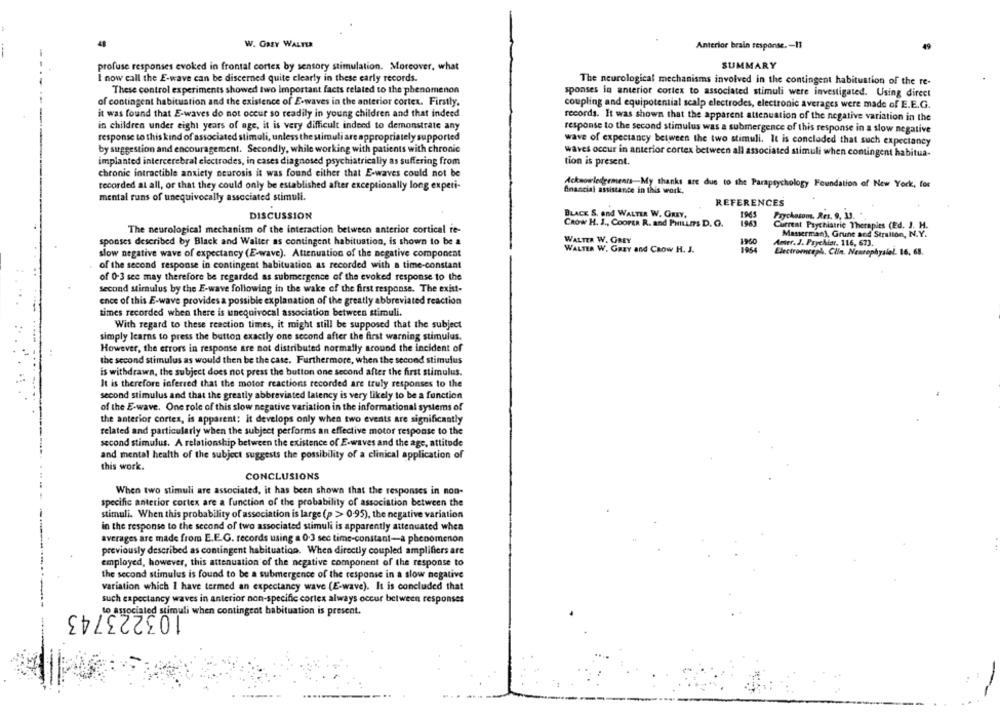
W. GRZY WALTER
Anterior brain response. - 11
SUMMARY
profuse responses evoked in frontal cortex by sensory stimulation. Moreover, what
I now call the E-wave can be discerned quite clearly in these early records.
The neurological mechanisms involved in the contingent habituation of the re-
These control experiments showed two Important facts related to the phenomenon
sponses in anterior cortex to associated stimuli were investigated. Using direct
of contingent habituation and the existence of E-waves in the anterior cortex. Firstly.
coupling and equipotential scalp electrodes, electronic averages were made of E.E.G.
it was found that E-waves do not occur so readily in young children and that indeed
records. It was shown that the apparent attenuation of the negative variation in the
in children under eight years of age, it is very difficult indeed to demonstrate any
response to the second stimulus was a submergence of this response in a slow negative
response to this kind of associated stimuli, unless the stimuli are appropriately supported
wave of expectancy between the two stimuli. It is concluded that such expectancy
by suggestion and encouragement. Secondly, while working with patients with chronic
waves occur in anterior cortex between all associated stimuli when contingent habitua-
implanted intercerebral electrodes, in cases diagnosed psychiatrically as suffering from
tion is present.
chronic intractible anxiety neurosis it was found either that E-waves could not be
recorded at all, or that they could only be established after exceptionally long experi-
Acknowledgements-My thanks are due to the Parapsychology Foundation of New York, for
financial assistance in this work,
mental runs of unequivocally associated stimuli.
REFERENCES
DISCUSSION
BLACK S. and WALTER W. GREY.
1965
Psychosom, Res. 9, 13.
CROW H. J ., Coorta R. and PHILLms D. G.
1943
The neurological mechanism of the interaction between anterior cortical fe-
Current Psychiatric Therapies (Ed. J. H.
Masserman), Grune and Stralion, N.Y.
sponses described by Black and Walter as contingent habitustion, is shown to be a
WALTER W. OBEY
1960
Amter. J. Psychiar. 116, 673.
WALTER W. GREY and CROW H. J.
1954
Electromceph. Ciln. Neurophysiel. 16, 68.
slow negative wave of expectancy (E-wave). Attenuation of the negative component
of the second response in contingent habituation as recorded with a time-constant
of 0-3 see may therefore be regarded as submergence of the evoked response to the
second stimulus by the E-wave following in the wake of the first response. The exist-
ence of this E-wave provides a possible explanation of the greatly abbreviated reaction
times recorded when there is unequivocal association between stimuli.
With regard to these reaction times, it might still be supposed that the subject
simply learns to press the button exactly one second after the first warning stimulus.
However, the errors in response are not distributed normally around the incident of
the second stimulus as would then be the case. Furthermore, when the second stimulus
is withdrawn, the subject does not press the button one second after the first stimulus.
It is therefore inferred that the motor reactions recorded are truly responses to the
second stimulus and that the greatly abbreviated latency is very likely to be a function
of the E-wave. One role of this slow negative variation in the informational systems of
the anterior cortes, is apparent: it develops only when two events are significantly
related and particularly when the subject performs an effective motor response to the
second stimulus. A relationship between the existence of E-waves and the age, attitude
and mental health of the subject suggests the possibility of a clinical application of
this work.
CONCLUSIONS
When two stimuli are associated, it has been shown that the responses in non-
specific anterior cortex are a function of the probability of association between the
stimuli. When this probability of association is large (p > 0.95), the negative variation
in the response to the second of two associated stimuli is apparently attenuated when
averages are made from E.F.G. records using a 0.3 sec time-constant-a phenomenon
previously described as contingent habituatigo. When directly coupled amplifiers are
employed, however, this attenuation of the negative component of the response to
the second stimulus is found to be a submergence of the response in a slow negative
variation which I have termed an expectancy wave (E-wave). It is concluded that
such expectancy waves in anterior non-specific cortex always occur between responses
to associated stimuli when contingent habituation is present.
103223743